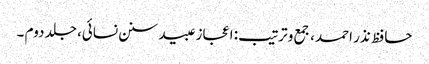
حافظ نذر احمد، جمع و ترتیب: اعجاز عبید سنن نسائی، جلد دوم ۔